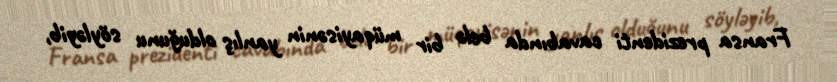
Fransa prezidenti cavabında belə bir müqayisənin yanlış olduğunu söyləyib,